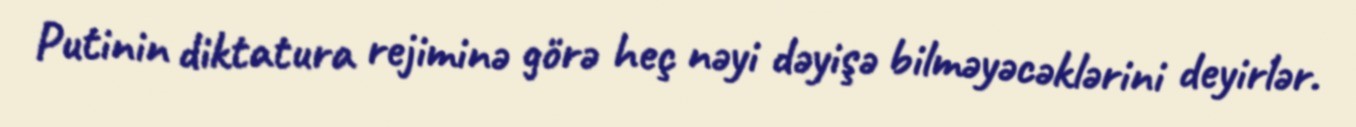
Putinin diktatura rejiminə görə heç nəyi dəyişə bilməyəcəklərini deyirlər.